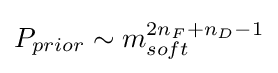
P_{prior}\sim m_{soft}^{2n_{F}+n_{D}-1}